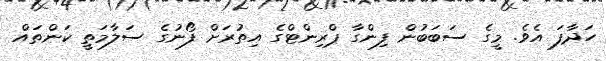
ހަދާފަ އެވެ. މީގެ ސަބަބުން ފިންގާ ޕްރިންޓްގެ އިތުރަށް ފޯނުގެ ސަލާމަތީ ކަންތައް